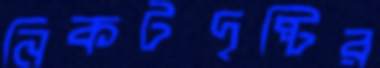
নিকটদৃষ্টির